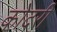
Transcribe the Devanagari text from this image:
कोदरी